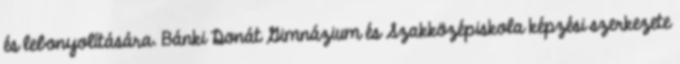
és lebonyolítására. Bánki Donát Gimnázium és Szakközépiskola képzési szerkezete